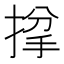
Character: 𢯌